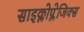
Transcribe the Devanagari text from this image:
साइक्लोप्लेजिक्स